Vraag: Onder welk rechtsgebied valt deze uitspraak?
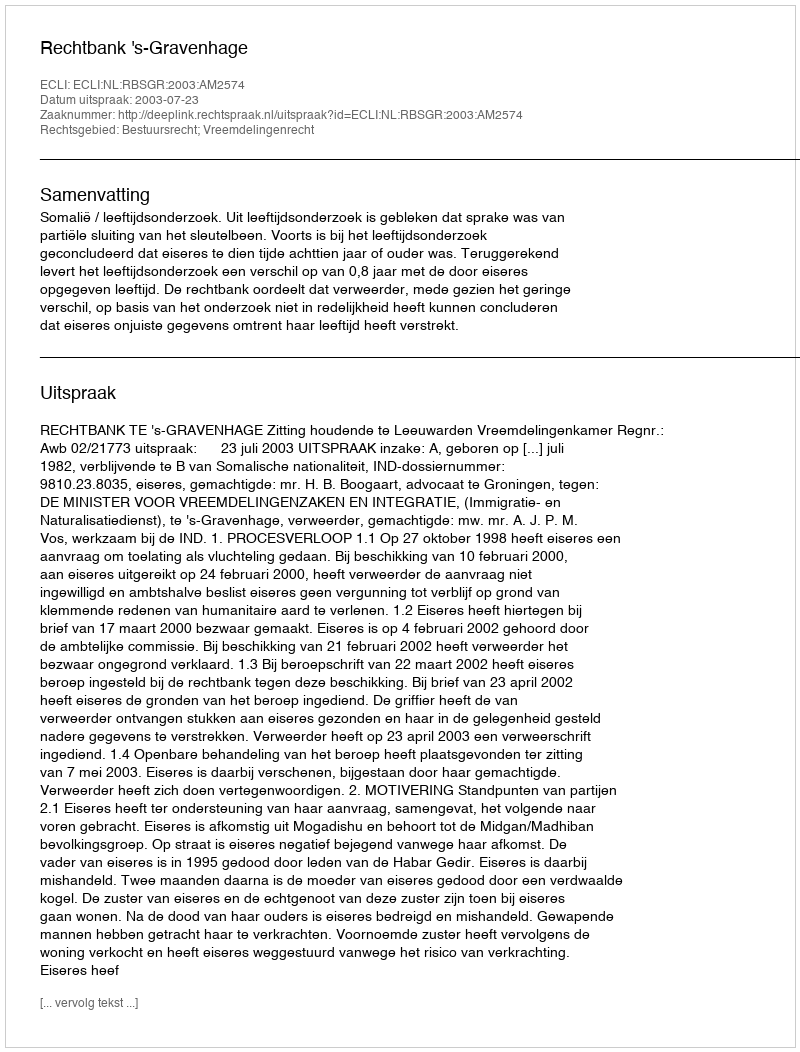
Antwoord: Bestuursrecht; Vreemdelingenrecht